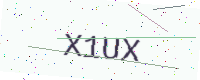
Text: X1UX